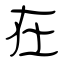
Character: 在